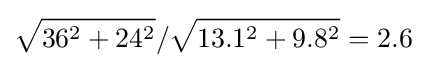
{\sqrt {36^{2}+24^{2}}}/{\sqrt {13.1^{2}+9.8^{2}}}=2.6